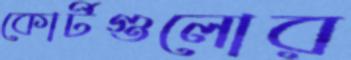
কোর্টগুলোর